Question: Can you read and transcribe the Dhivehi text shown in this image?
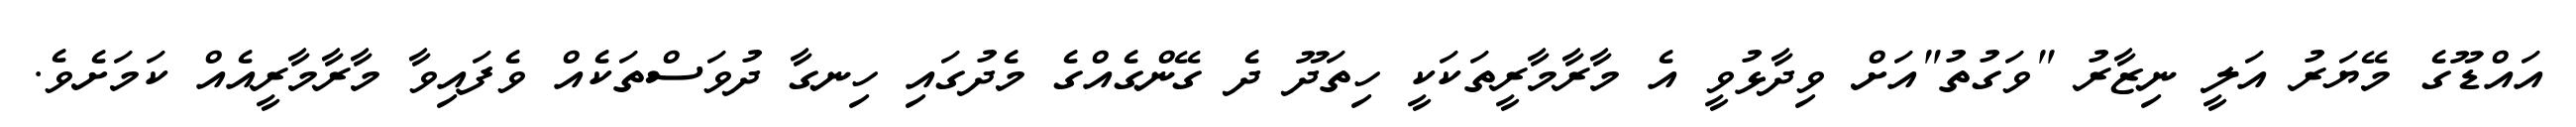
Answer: އައްޑޫގެ މޭޔަރު އަލީ ނިޒާރު "ވަގުތު"އަށް ވިދާޅުވީ އެ މާރާމާރީތަކަކީ ހިތަދޫ ދެ ގޭންގެއްގެ މެދުގައި ހިނގާ ދުވަސްތަކެއް ވެފައިވާ މާރާމާރީއެއް ކަމަށެވެ.